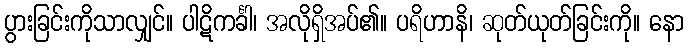
ပွားခြင်းကိုသာလျှင်။ ပါဋိကင်္ခါ၊ အလိုရှိအပ်၏။ ပရိဟာနိ၊ ဆုတ်ယုတ်ခြင်းကို။ နော